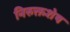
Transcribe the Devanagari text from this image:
निरुक्तशेष